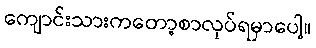
ကျောင်းသားကတော့စာလုပ်ရမှာပေါ့။